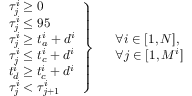
\left. \begin{array} { r l } & { \tau _ { j } ^ { i } \geq 0 } \\ & { \tau _ { j } ^ { i } \leq 9 5 } \\ & { \tau _ { j } ^ { i } \geq t _ { a } ^ { i } + d ^ { i } } \\ & { \tau _ { j } ^ { i } \leq t _ { c } ^ { i } + d ^ { i } } \\ & { t _ { d } ^ { i } \geq t _ { c } ^ { i } + d ^ { i } } \\ & { \tau _ { j } ^ { i } < \tau _ { j + 1 } ^ { i } } \end{array} \right\} \begin{array} { r l } & { \forall i \in [ 1 , N ] , } \\ & { \forall j \in [ 1 , M ^ { i } ] } \end{array}